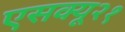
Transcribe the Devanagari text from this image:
एसक्यू२१